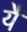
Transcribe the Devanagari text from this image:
यैं